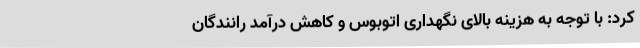
کرد: با توجه به هزینه بالای نگهداری اتوبوس و کاهش درآمد رانندگان